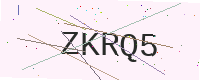
Text: ZKRQ5